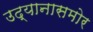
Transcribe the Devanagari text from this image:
उद्यानासमोर